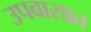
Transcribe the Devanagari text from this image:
उपवासात